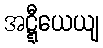
အဋ္ဋီယေယျ